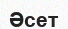
Әсет